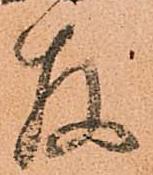
存